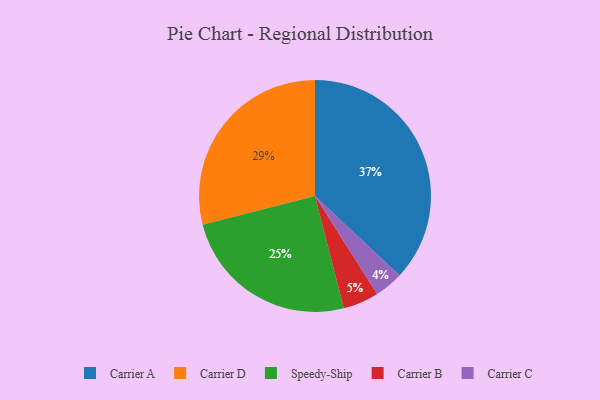
{"axis": {"x": "Category", "y": "Percentage"}, "legend": ["Carrier A", "Carrier B", "Carrier C", "Carrier D", "Speedy-Ship"], "data": [{"x": "Carrier A", "y": 37, "type": "Carrier A"}, {"x": "Carrier B", "y": 5, "type": "Carrier B"}, {"x": "Carrier C", "y": 4, "type": "Carrier C"}, {"x": "Speedy-Ship", "y": 25, "type": "Speedy-Ship"}, {"x": "Carrier D", "y": 29, "type": "Carrier D"}]}